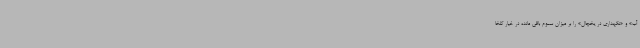
آب» و «نگهداری در یخچال» را بر میزان سموم باقی مانده در خیار گلخا